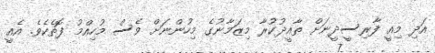
އަދި މިއީ ފާރިސީދީނަށް ތާއީދުކުރާ މިޒަމާނުގެ މިހުންނަށް ވެސް މުހިއްމު ފޮތެކެވެ. އެއީ